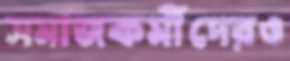
সমাজকর্মীদেরও